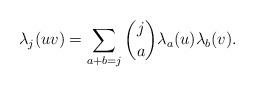
LaTeX: \begin{align*} \lambda_j(uv)=\sum_{a+b=j}\binom{j}{a}\lambda_a(u)\lambda_b(v).\end{align*}